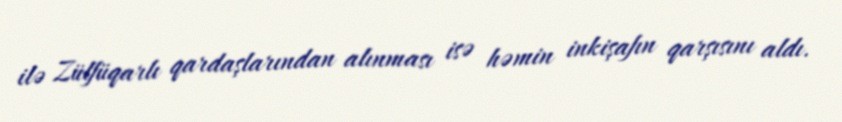
ilə Zülfüqarlı qardaşlarından alınması isə həmin inkişafın qarşısını aldı.